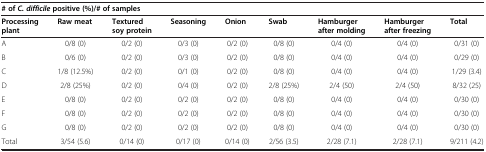
| <COLSPAN=9> # ofC. difficilepositive (%)/# of samples |
 | Processing plant | Raw meat | Textured soy protein | Seasoning | Onion | Swab | Hamburger after molding | Hamburger after freezing | Total |
 | --- | --- | --- | --- | --- | --- | --- | --- | --- |
 | A | 0/8 (0) | 0/2 (0) | 0/3 (0) | 0/2 (0) | 0/8 (0) | 0/4 (0) | 0/4 (0) | 0/31 (0) |
 | B | 0/6 (0) | 0/2 (0) | 0/3 (0) | 0/2 (0) | 0/8 (0) | 0/4 (0) | 0/4 (0) | 0/29 (0) |
 | C | 1/8 (12.5%) | 0/2 (0) | 0/1 (0) | 0/2 (0) | 0/8 (0) | 0/4 (0) | 0/4 (0) | 1/29 (3.4) |
 | D | 2/8 (25%) | 0/2 (0) | 0/4 (0) | 0/2 (0) | 2/8 (25%) | 2/4 (50) | 2/4 (50) | 8/32 (25) |
 | E | 0/8 (0) | 0/2 (0) | 0/2 (0) | 0/2 (0) | 0/8 (0) | 0/4 (0) | 0/4 (0) | 0/30 (0) |
 | F | 0/8 (0) | 0/2 (0) | 0/2 (0) | 0/2 (0) | 0/8 (0) | 0/4 (0) | 0/4 (0) | 0/30 (0) |
 | G | 0/8 (0) | 0/2 (0) | 0/2 (0) | 0/2 (0) | 0/8 (0) | 0/4 (0) | 0/4 (0) | 0/30 (0) |
 | Total | 3/54 (5.6) | 0/14 (0) | 0/17 (0) | 0/14 (0) | 2/56 (3.5) | 2/28 (7.1) | 2/28 (7.1) | 9/211 (4.2) |